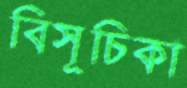
বিসূচিকা